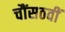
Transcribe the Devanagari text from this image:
चौंसठवीं